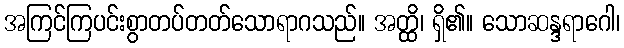
အကြင်ကြပင်းစွာတပ်တတ်သောရာဂသည်။ အတ္ထိ၊ ရှိ၏။ သောဆန္ဒရာဂေါ၊